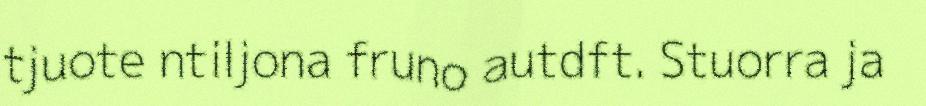
tjuote ntiljona fruno autdft. Stuorra ja